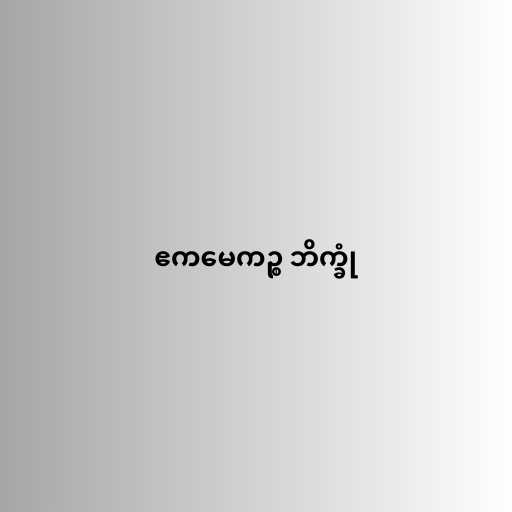
ဧကမေကဉ္စ ဘိက္ခုံ